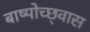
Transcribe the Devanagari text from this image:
बाष्पोच्छ्‌वास